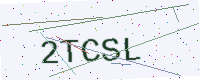
Text: 2TCSL